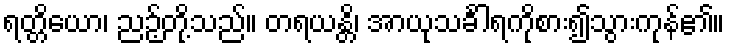
ရတ္တိယော၊ ညဉ့်တို့သည်။ တရယန္တိ၊ အာယုသင်္ခါရကိုစား၍သွားကုန်၏။